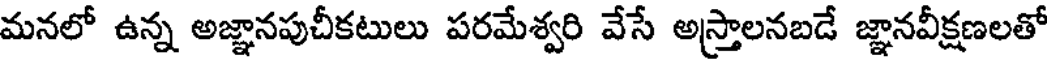
మనలో ఉన్న అజ్ఞానపుచీకటులు పరమేశ్వరి వేసే అస్త్రాలనబడే జ్ఞానవీక్షణలతో